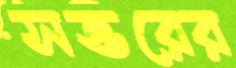
সত্তরের